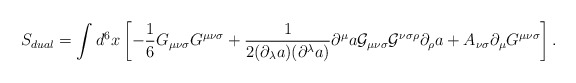
\begin{align*}S_{dual}=\int d^{6}x\left[-{\frac 1 6}G_{{\mu}{\nu}{\sigma}}G^{{\mu}{\nu}{\sigma}}+\frac{1}{2({\partial}_{\lambda}a)({\partial}^{\lambda}a)}{\partial}^{\mu}a{\cal G}_{{\mu}{\nu}{\sigma}}{\cal G}^{{\nu}{\sigma}{\rho}}{\partial}_{\rho}a+A_{{\nu}{\sigma}}{\partial}_{{\mu}}G^{{\mu}{\nu}{\sigma}}\right].\end{align*}